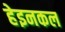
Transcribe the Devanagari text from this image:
हेइनकल